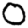
Digit: 0